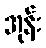
အုန်း